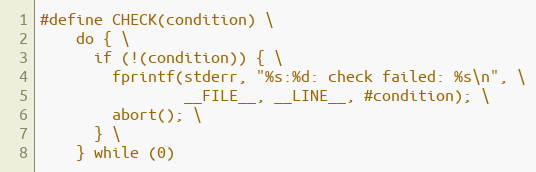
Language: C
#define CHECK(condition) \
    do { \
      if (!(condition)) { \
        fprintf(stderr, "%s:%d: check failed: %s\n", \
                __FILE__, __LINE__, #condition); \
        abort(); \
      } \
    } while (0)